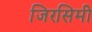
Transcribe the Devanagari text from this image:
जिरसिमी